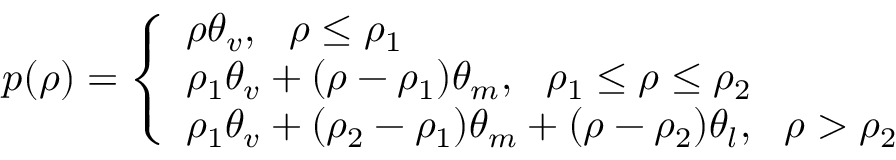
p ( \rho ) = \left\{ \begin{array} { l } { \rho { \theta _ { v } } , ~ ~ \mathrm { { } } \rho \le { \rho _ { 1 } } } \\ { { \rho _ { 1 } } { \theta _ { v } } + ( \rho - { \rho _ { 1 } } ) { \theta _ { m } } , ~ ~ \mathrm { { } } { \rho _ { 1 } } \le \rho \le { \rho _ { 2 } } } \\ { { \rho _ { 1 } } { \theta _ { v } } + ( { \rho _ { 2 } } - { \rho _ { 1 } } ) { \theta _ { m } } + ( \rho - { \rho _ { 2 } } ) { \theta _ { l } } , ~ ~ \mathrm { { } } \rho > { \rho _ { 2 } } } \end{array} \right.